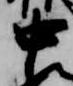
中